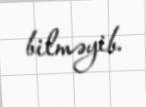
bilməyib.